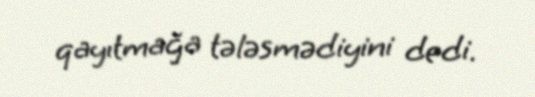
qayıtmağa tələsmədiyini dedi.